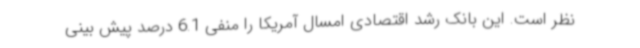
نظر است. این بانک رشد اقتصادی امسال آمریکا را منفی 6.1 درصد پیش بینی